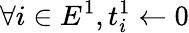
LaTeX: \forall i\in E^{1},t_{i}^{1}\gets 0